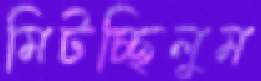
মিটচ্ছিলুম